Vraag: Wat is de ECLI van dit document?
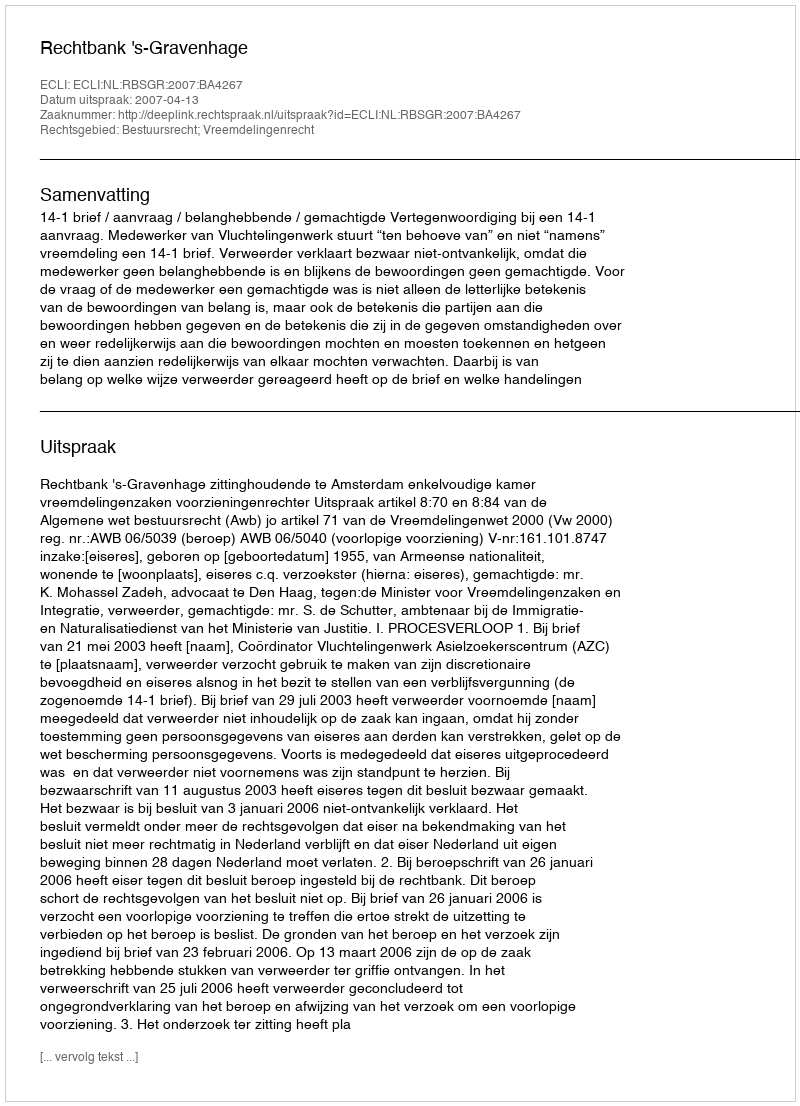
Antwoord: ECLI:NL:RBSGR:2007:BA4267